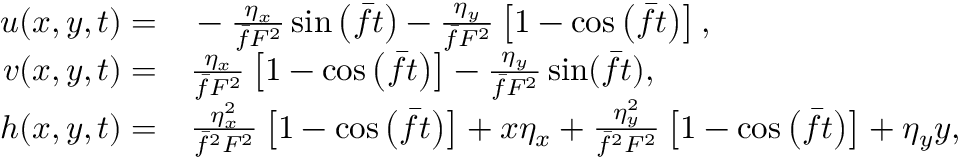
\begin{array} { r l } { u ( x , y , t ) = } & { { } - \frac { \eta _ { x } } { \bar { f } F ^ { 2 } } \sin \left( \bar { f } t \right) - \frac { \eta _ { y } } { \bar { f } F ^ { 2 } } \left[ 1 - \cos \left( \bar { f } t \right) \right] , } \\ { v ( x , y , t ) = } & { { } \frac { \eta _ { x } } { \bar { f } F ^ { 2 } } \left[ 1 - \cos \left( \bar { f } t \right) \right] - \frac { \eta _ { y } } { \bar { f } F ^ { 2 } } \sin ( \bar { f } t ) , } \\ { h ( x , y , t ) = } & { { } \frac { \eta _ { x } ^ { 2 } } { \bar { f } ^ { 2 } F ^ { 2 } } \left[ 1 - \cos \left( \bar { f } t \right) \right] + x \eta _ { x } + \frac { \eta _ { y } ^ { 2 } } { \bar { f } ^ { 2 } F ^ { 2 } } \left[ 1 - \cos \left( \bar { f } t \right) \right] + \eta _ { y } y , } \end{array}